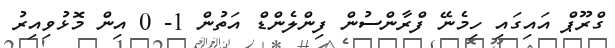
ގްރޫޕް އައިގައި ހިމެނޭ ފްރާންސުން ފިންލެންޑް އަތުން 1- 0 އިން މޮޅުވިއިރު